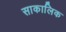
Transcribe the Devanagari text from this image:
साकालिक